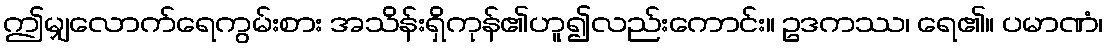
ဤမျှလောက်ရေကွမ်းစား အသိန်းရှိကုန်၏ဟူ၍လည်းကောင်း။ ဥဒကဿ၊ ရေ၏။ ပမာဏံ၊